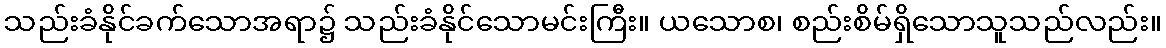
သည်းခံနိုင်ခက်သောအရာ၌ သည်းခံနိုင်သောမင်းကြီး။ ယသောစ၊ စည်းစိမ်ရှိသောသူသည်လည်း။